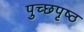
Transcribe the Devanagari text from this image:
पुच्छपृष्ठ